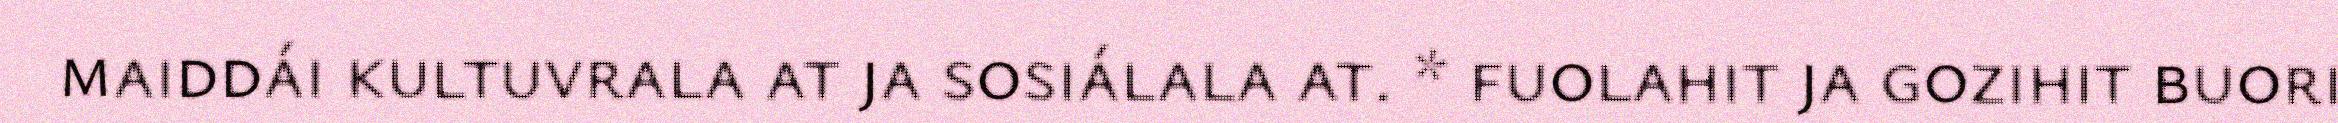
maiddái kultuvrala at ja sosiálala at. * fuolahit ja gozihit buori